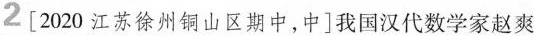
2 [ 2020江苏徐州铜山区期中，中 ]我国汉代数学家赵爽